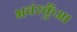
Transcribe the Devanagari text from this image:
भवंरकुँआ